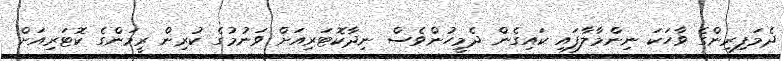
ދެމަފިރިންގެ ވާހަކަ ނިންމާލާފައި ކައިގެން ދެމީހުންވެސް ނިދާކޮޓަރިއަށް ވަނުމުގެ ކުރިން ރީމަންގެ ކޮޓަރިއަށް